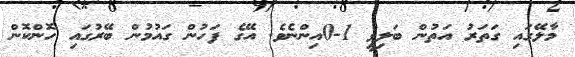
މާލޭގައި ގަތަރު އަތުން ބަލިވީ 1-0އިންނެވެ. އޭގެ ފަހުން ގައުމުން ބޭރުގައި ހޮންކޮން